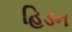
હિડન